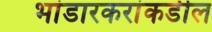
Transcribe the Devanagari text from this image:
भांडारकरांकडील